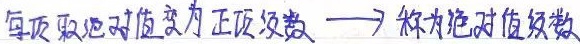
每项取绝对值变为正项级数 $\longrightarrow$ 称为绝对值级数